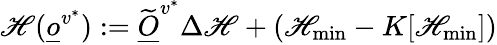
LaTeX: \mathscr{H}(\underline{{o}}^{v^{*}}):=\widetilde{{\underline{{O}}}}^{v^{*}}\Delta\mathscr{H}+(\mathscr{H}_{\operatorname*{min}}-K[\mathscr{H}_{\operatorname*{min}}])